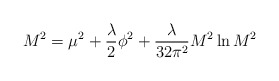
\begin{align*}M^2= \mu ^2 + {\lambda \over 2} \phi ^2 + {\lambda \over 32 \pi ^ 2} M^2 \ln {M^2}\end{align*}